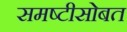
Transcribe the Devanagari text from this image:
समष्टीसोबत